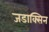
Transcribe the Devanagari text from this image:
जडाक्सिन